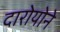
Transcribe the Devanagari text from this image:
दारोयोने